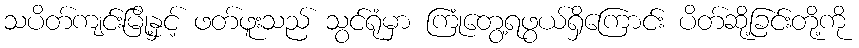
သပိတ်ကျင်းမြို့နှင့် ဖတ်ဖူးသည် သွင်ရုံမှာ ကြုံတွေ့ရဖွယ်ရှိကြောင်း ပိတ်ဆို့ခြင်းတို့ကို